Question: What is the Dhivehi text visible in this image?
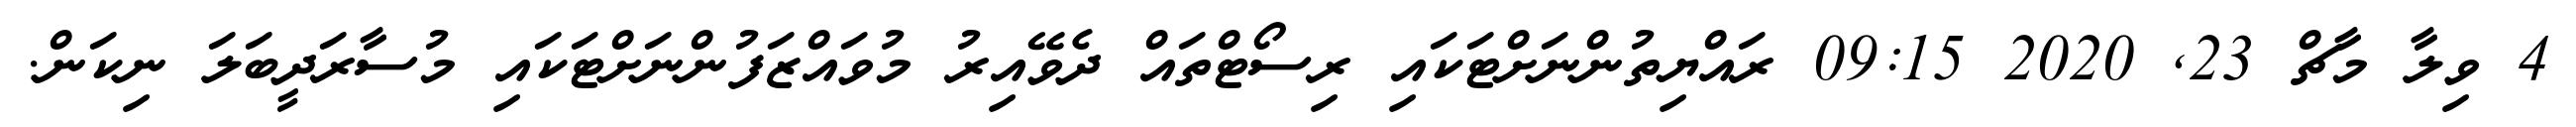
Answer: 4 ވިލާ މާޗް 23, 2020 09:15 ރައްޔިތުންނަށްޓަކައި ރިސޯޓްތައް ދެވޭއިރު މުވައްޒަފުންނަށްޓަކައި މުސާރަދީބަލަ ނިކަން.